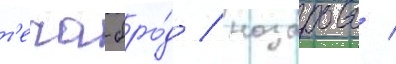
т'еча-бро́д / назарово /